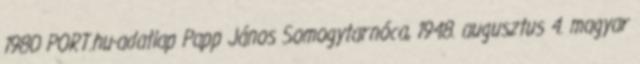
1980 PORT.hu-adatlap Papp János Somogytarnóca, 1948. augusztus 4. magyar